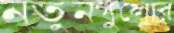
নতুনগুলোর